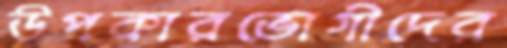
উপকারভোগীদের